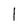
Character: 1